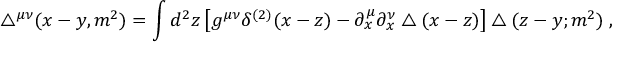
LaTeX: \bigtriangleup ^ { \mu \nu } ( x - y , m ^ { 2 } ) = \int d ^ { 2 } z \left[ g ^ { \mu \nu } \delta ^ { ( 2 ) } ( x - z ) - \partial _ { x } ^ { \mu } \partial _ { x } ^ { \nu } \bigtriangleup ( x - z ) \right] \bigtriangleup ( z - y ; m ^ { 2 } ) \; ,